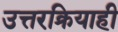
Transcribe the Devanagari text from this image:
उत्तरक्रियाही